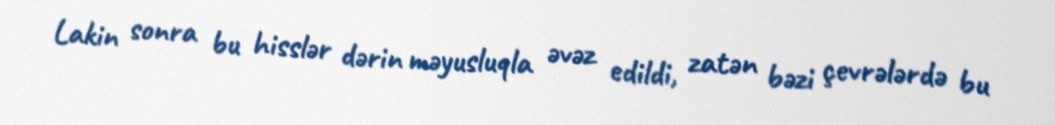
Lakin sonra bu hisslər dərin məyusluqla əvəz edildi, zatən bəzi çevrələrdə bu